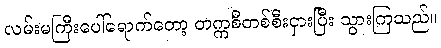
လမ်းမကြီးပေါ်ရောက်တော့ တက္ကစီတစ်စီးငှားပြီး သွားကြသည်။